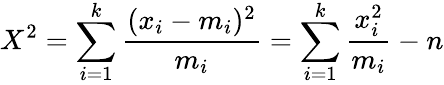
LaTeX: X^{2}=\sum_{i=1}^{k}{\frac{(x_{i}-m_{i})^{2}}{m_{i}}}=\sum_{i=1}^{k}{{\frac{x_{i}^{2}}{m_{i}}}-n}